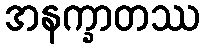
အနက္ခာတဿ